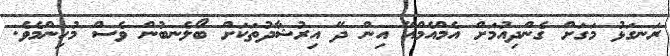
ރަނގަޅު މަގަށް ގެންދިއުމަށް އެމްއެމްއޭ އިން ދޭ އިރުޝާދުތަަކަށް ބޯލެނބުން ވެސް މުހިންމެވެ.